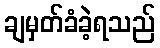
ချမှတ်ခံခဲ့ရသည်